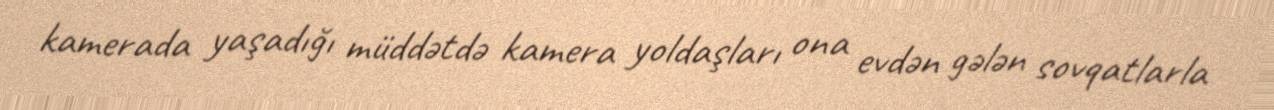
kamerada yaşadığı müddətdə kamera yoldaşları ona evdən gələn sovqatlarla